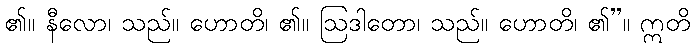
၏။ နီလော၊ သည်။ ဟောတိ၊ ၏။ ဩဒါတော၊ သည်။ ဟောတိ၊ ၏”။ ဣတိ